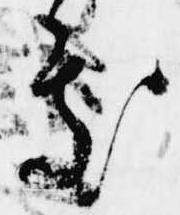
処